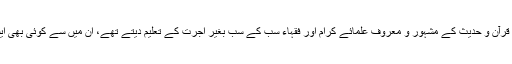
صحابہ کرام ، تابعین ، تبع تابعین اور دیگر قرآن و حدیث کے مشہور و معروف علمائے کرام اور فقہاء سب کے سب بغیر اجرت کے تعلیم دیتے تھے، ان میں سے کوئی بھی ایسا فرد نہیں تھا جو اجرت لیکر تعلیم دیتا ہو۔